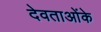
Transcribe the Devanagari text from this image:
देवताओंके